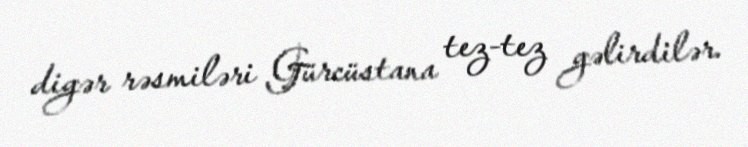
digər rəsmiləri Gürcüstana tez-tez gəlirdilər.